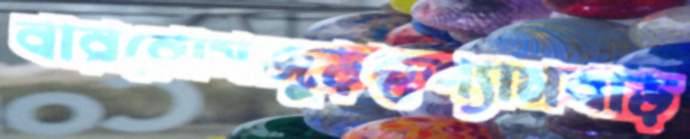
বাররোসজুড়ছশ্যামবাড়